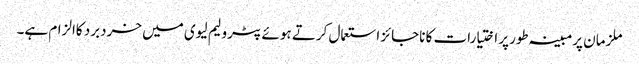
ملزمان پرمبینہ طورپر اختیارات کا ناجائز استعمال کرتے ہوئے پٹرولیم لیوی میں خردبرد کاالزام ہے۔